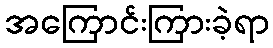
အကြောင်းကြားခဲ့ရာ